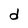
Character: d